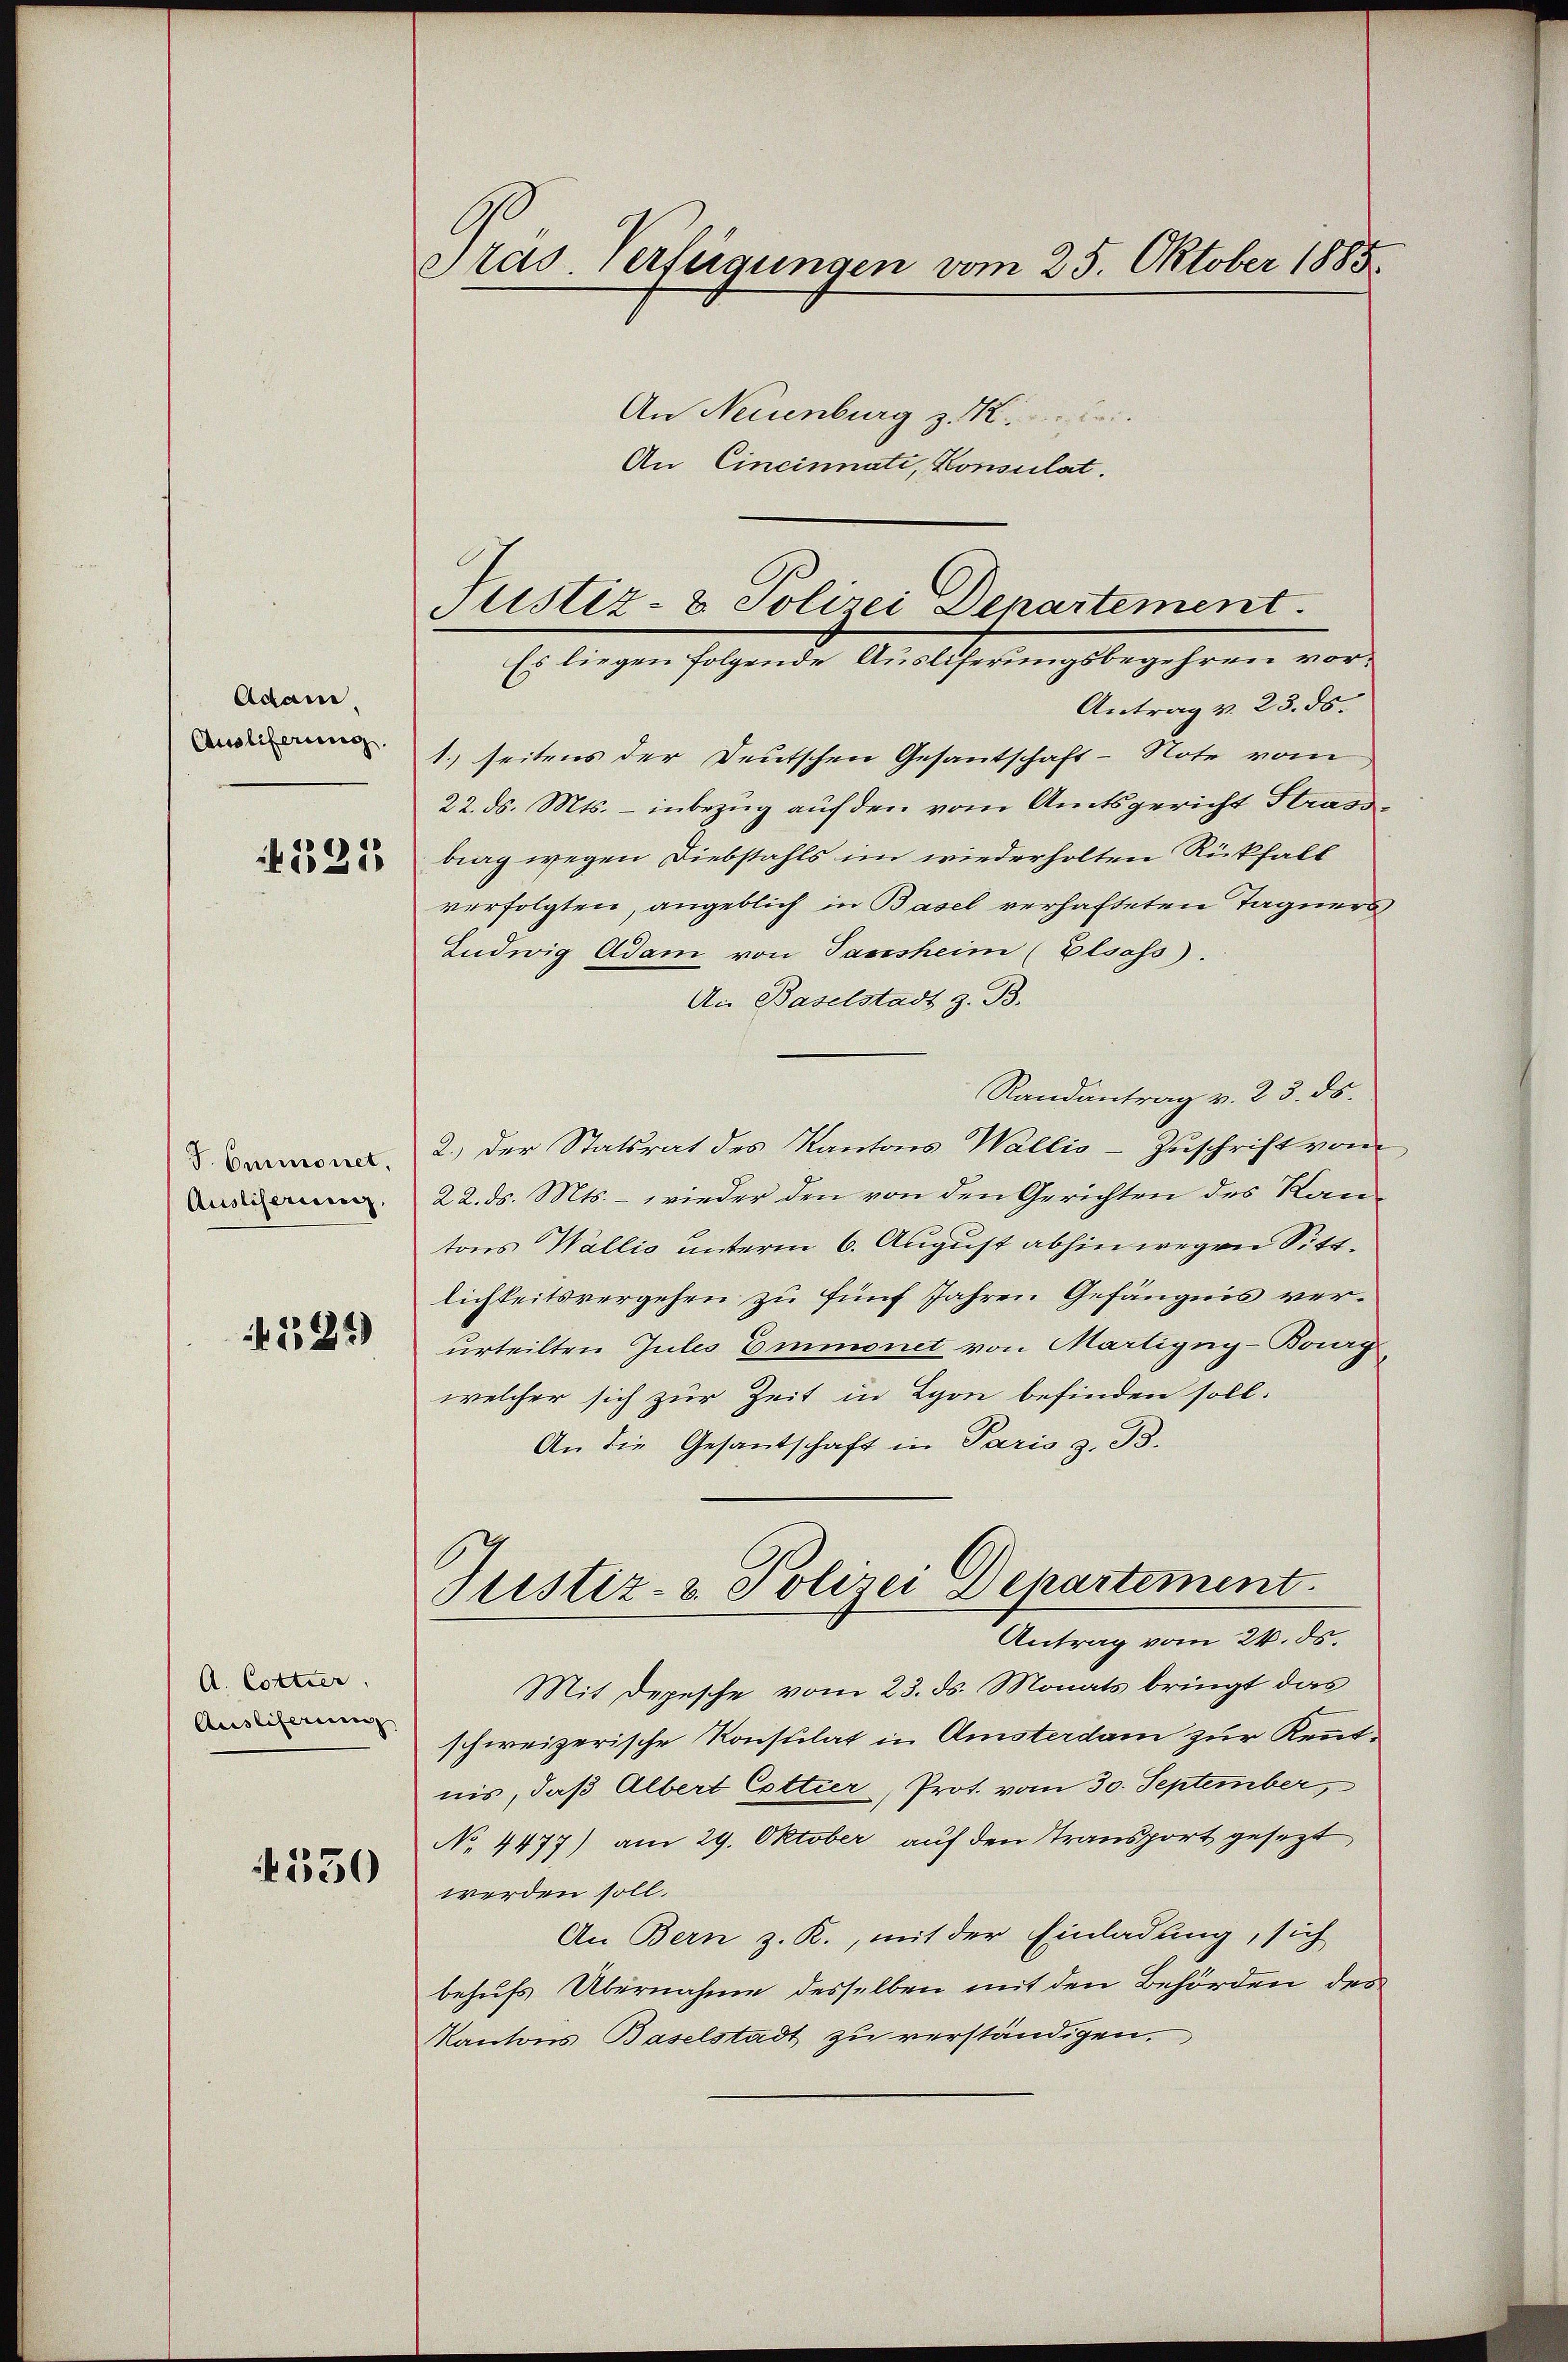
Adame.
Auslieferung.
121

J. Ommonet.
Ausliserung

124)

A. Cottier
Ausliferung

530

Pras. Verfügungen vom 25. Oktober 1885.
An Neuenburg z. K. bei

An Cincinnati, Konsulat.

Justiz- & Polizei Departement.
Es liegen folgende Ausliferungsbegehren vor¬

Antrag v. 23. ds.
1. seitens der Deutschen Gesantschaft-Note vom
22. ds. Mts. – inbezug auf den vom Amtsgericht Strassbrag wegen Diebstahls im wiederholten Rückfall
verfolgten, angeblich in Basel verhafteten Tagners
Ludwig Adam von Passheim (Elsass.
An Baselstadt z. B.
Randantrag v. 23. ds.
2.) Der Statsrat des Kantons Wallis-Zuschrift vom
22. ds. Mts. – wieder den von den Gerichten des Kantons Wallis unterm 6. August abhin wegen Sittlichkeitsvergehen zu fünf Jahren Gefängnis verurteilten Jules Emmonet von Martigny-Borg
welcher sich zur Zeit in Lyon befinden soll.
An die Gesantschaft in Paris z. B.
Justiz- & Polizei Departement.
Antrag vom 24. ds.
Mit Depesche vom 23. ds. Monats bringt das
schweizerische Konsulat in Amsterdam zur Kenntnis, daß Albert Cottier, Prot. vom 30. September,
No. 4477) am 29. Oktober auf den Transport gesezt
werden soll.
An Bern z. R., mit der Einladung, sich
behufs Übernahme desselben mit den Behörden des
Kantons Baselstadt zu verständigen.